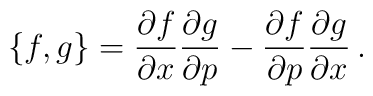
\{f,g\} = \frac{\partial f}{\partial x}\frac{\partial g}{\partial p}-\frac{\partial f}{\partial p}\frac{\partial g}{\partial x}\,.